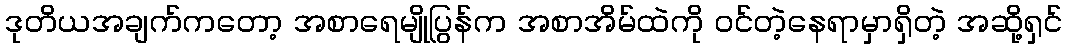
ဒုတိယအချက်ကတော့ အစာရေမျိုပြွန်က အစာအိမ်ထဲကို ဝင်တဲ့နေရာမှာရှိတဲ့ အဆို့ရှင်